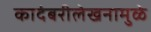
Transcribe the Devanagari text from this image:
कादंबरीलेखनामुळे